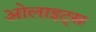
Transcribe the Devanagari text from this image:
ओलाइट्स